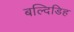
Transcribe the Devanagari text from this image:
बल्दिडिह